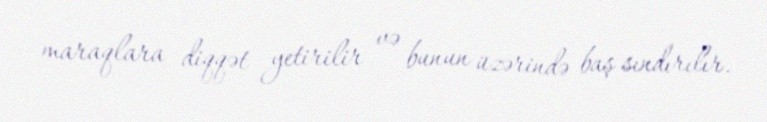
maraqlara diqqət yetirilir və bunun üzərində baş sındırılır.